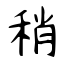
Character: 稍